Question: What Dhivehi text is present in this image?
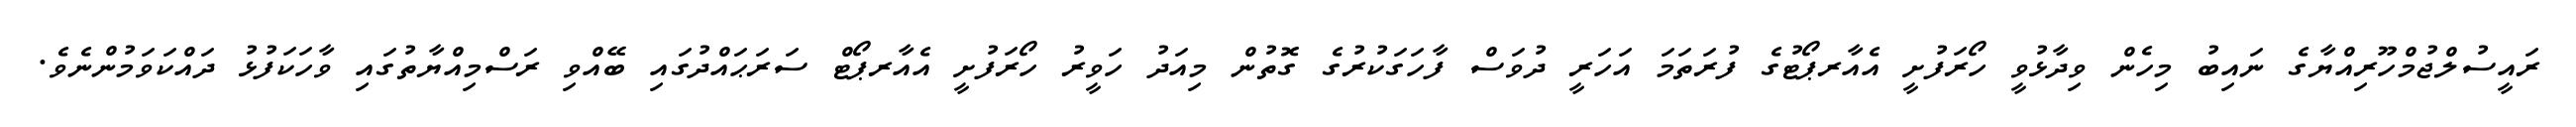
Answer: ރައީސުލްޖުމްހޫރިއްޔާގެ ނައިބު މިހެން ވިދާޅުވީ ހޯރަފުށީ އެއާރޕޯޓުގެ ފުރަތަމަ އަހަރީ ދުވަސް ފާހަގަކުރުގެ ގޮތުން މިއަދު ހަވީރު ހޯރަފުށީ އެއާރޕޯޓް ސަރަޙައްދުގައި ބޭއްވި ރަސްމިއްޔާތުގައި ވާހަކަފުޅު ދައްކަވަމުންނެވެ.